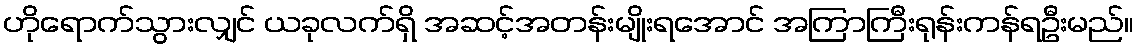
ဟိုရောက်သွားလျှင် ယခုလက်ရှိ အဆင့်အတန်းမျိုးရအောင် အကြာကြီးရုန်းကန်ရဦးမည်။